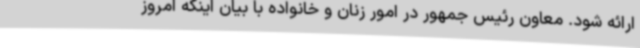
ارائه شود. معاون رئیس جمهور در امور زنان و خانواده با بیان اینکه امروز